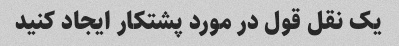
یک نقل قول در مورد پشتکار ایجاد کنید